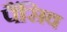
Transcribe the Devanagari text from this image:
पैंसिव